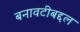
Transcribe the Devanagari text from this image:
बनावटीबद्दल